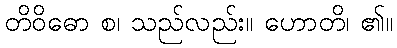
တိဝိဓော စ၊ သည်လည်း။ ဟောတိ၊ ၏။